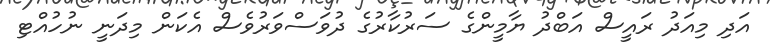
އަދި މިއަދު ރައީސް އަބްދު ޔާމީންގެ ސަރުކާރުގެ ދުވަސްވަރުވެސް އެކަން މިދަނީ ނުހުއްޓި